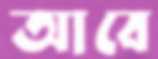
আবে